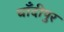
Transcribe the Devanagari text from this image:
चाँदीपुर